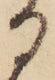
る